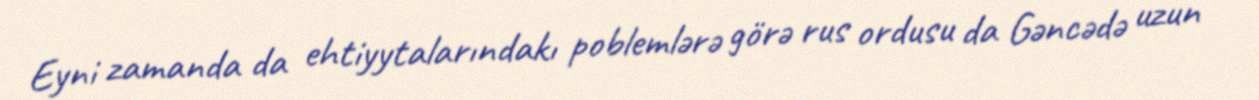
Eyni zamanda da ehtiyytalarındakı poblemlərə görə rus ordusu da Gəncədə uzun